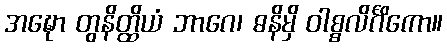
အဍ္ဎော တွနိတ္ထိယံ ဘာဂေ၊ ဓနိမှိ ဝါစ္စလိင်္ဂိကော။